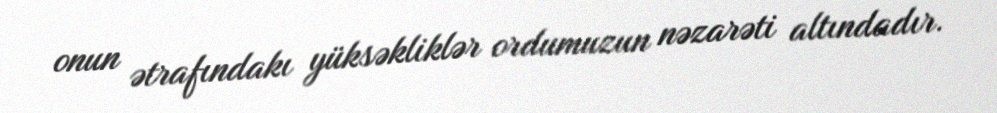
onun ətrafındakı yüksəkliklər ordumuzun nəzarəti altındadır.